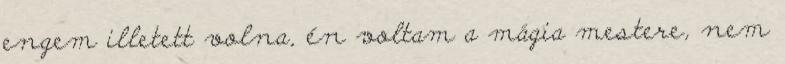
engem illetett volna, én voltam a mágia mestere, nem